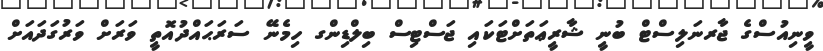
ވީނިއުސްގެ ޖާރނަލިސްޓް ބުނީ ޝާރީޢަތަށްޓަކައި ޖަސްޓިސް ބިލްޑިންގ ހިމެނޭ ސަރަޙައްދުއޮތީ ވަރަށް ވަރުގަދައަށް